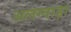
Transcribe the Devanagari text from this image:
अलग्वाड़ा